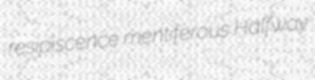
resipiscence mentiferous Halfway